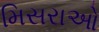
મિસરાઓ